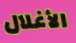
الأغلال